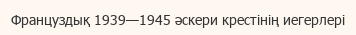
Француздық 1939—1945 әскери крестінің иегерлері